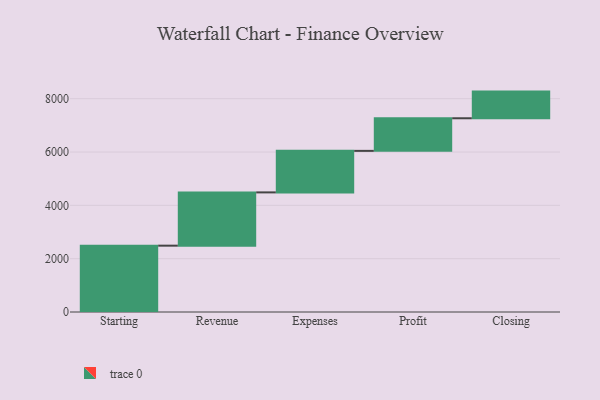
{"axis": {"x": "Step", "y": "Value"}, "legend": [""], "data": [{"x": "Starting", "y": 2488.0, "type": ""}, {"x": "Revenue", "y": 1998.0, "type": ""}, {"x": "Expenses", "y": 1557.0, "type": ""}, {"x": "Profit", "y": 1223.0, "type": ""}, {"x": "Closing", "y": 1000, "type": ""}]}